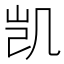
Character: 凯